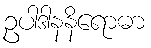
ဥပါဒါနနိရောဓာ